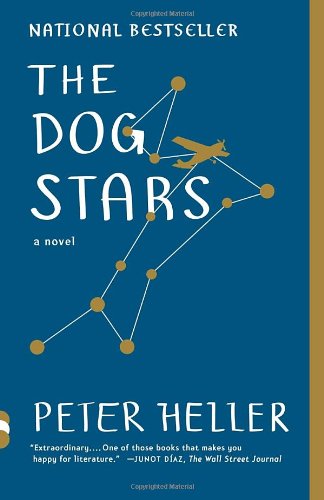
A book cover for The Dog Stars (Vintage Contemporaries); Peter Heller; Science Fiction & Fantasy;